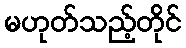
မဟုတ်သည့်တိုင်